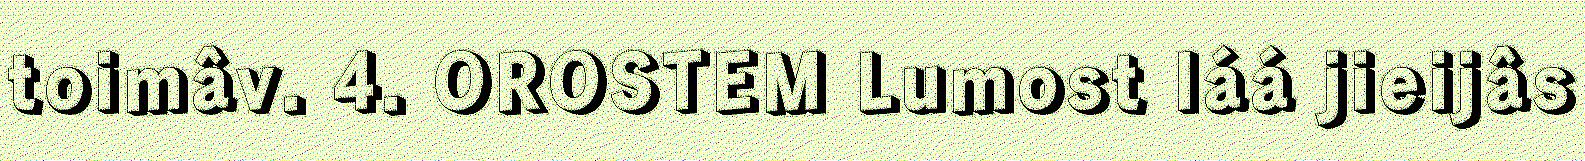
toimâv. 4. OROSTEM Lumost láá jieijâs